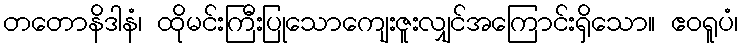
တတောနိဒါနံ၊ ထိုမင်းကြီးပြုသောကျေးဇူးလျှင်အကြောင်းရှိသော။ ဧဝရူပံ၊